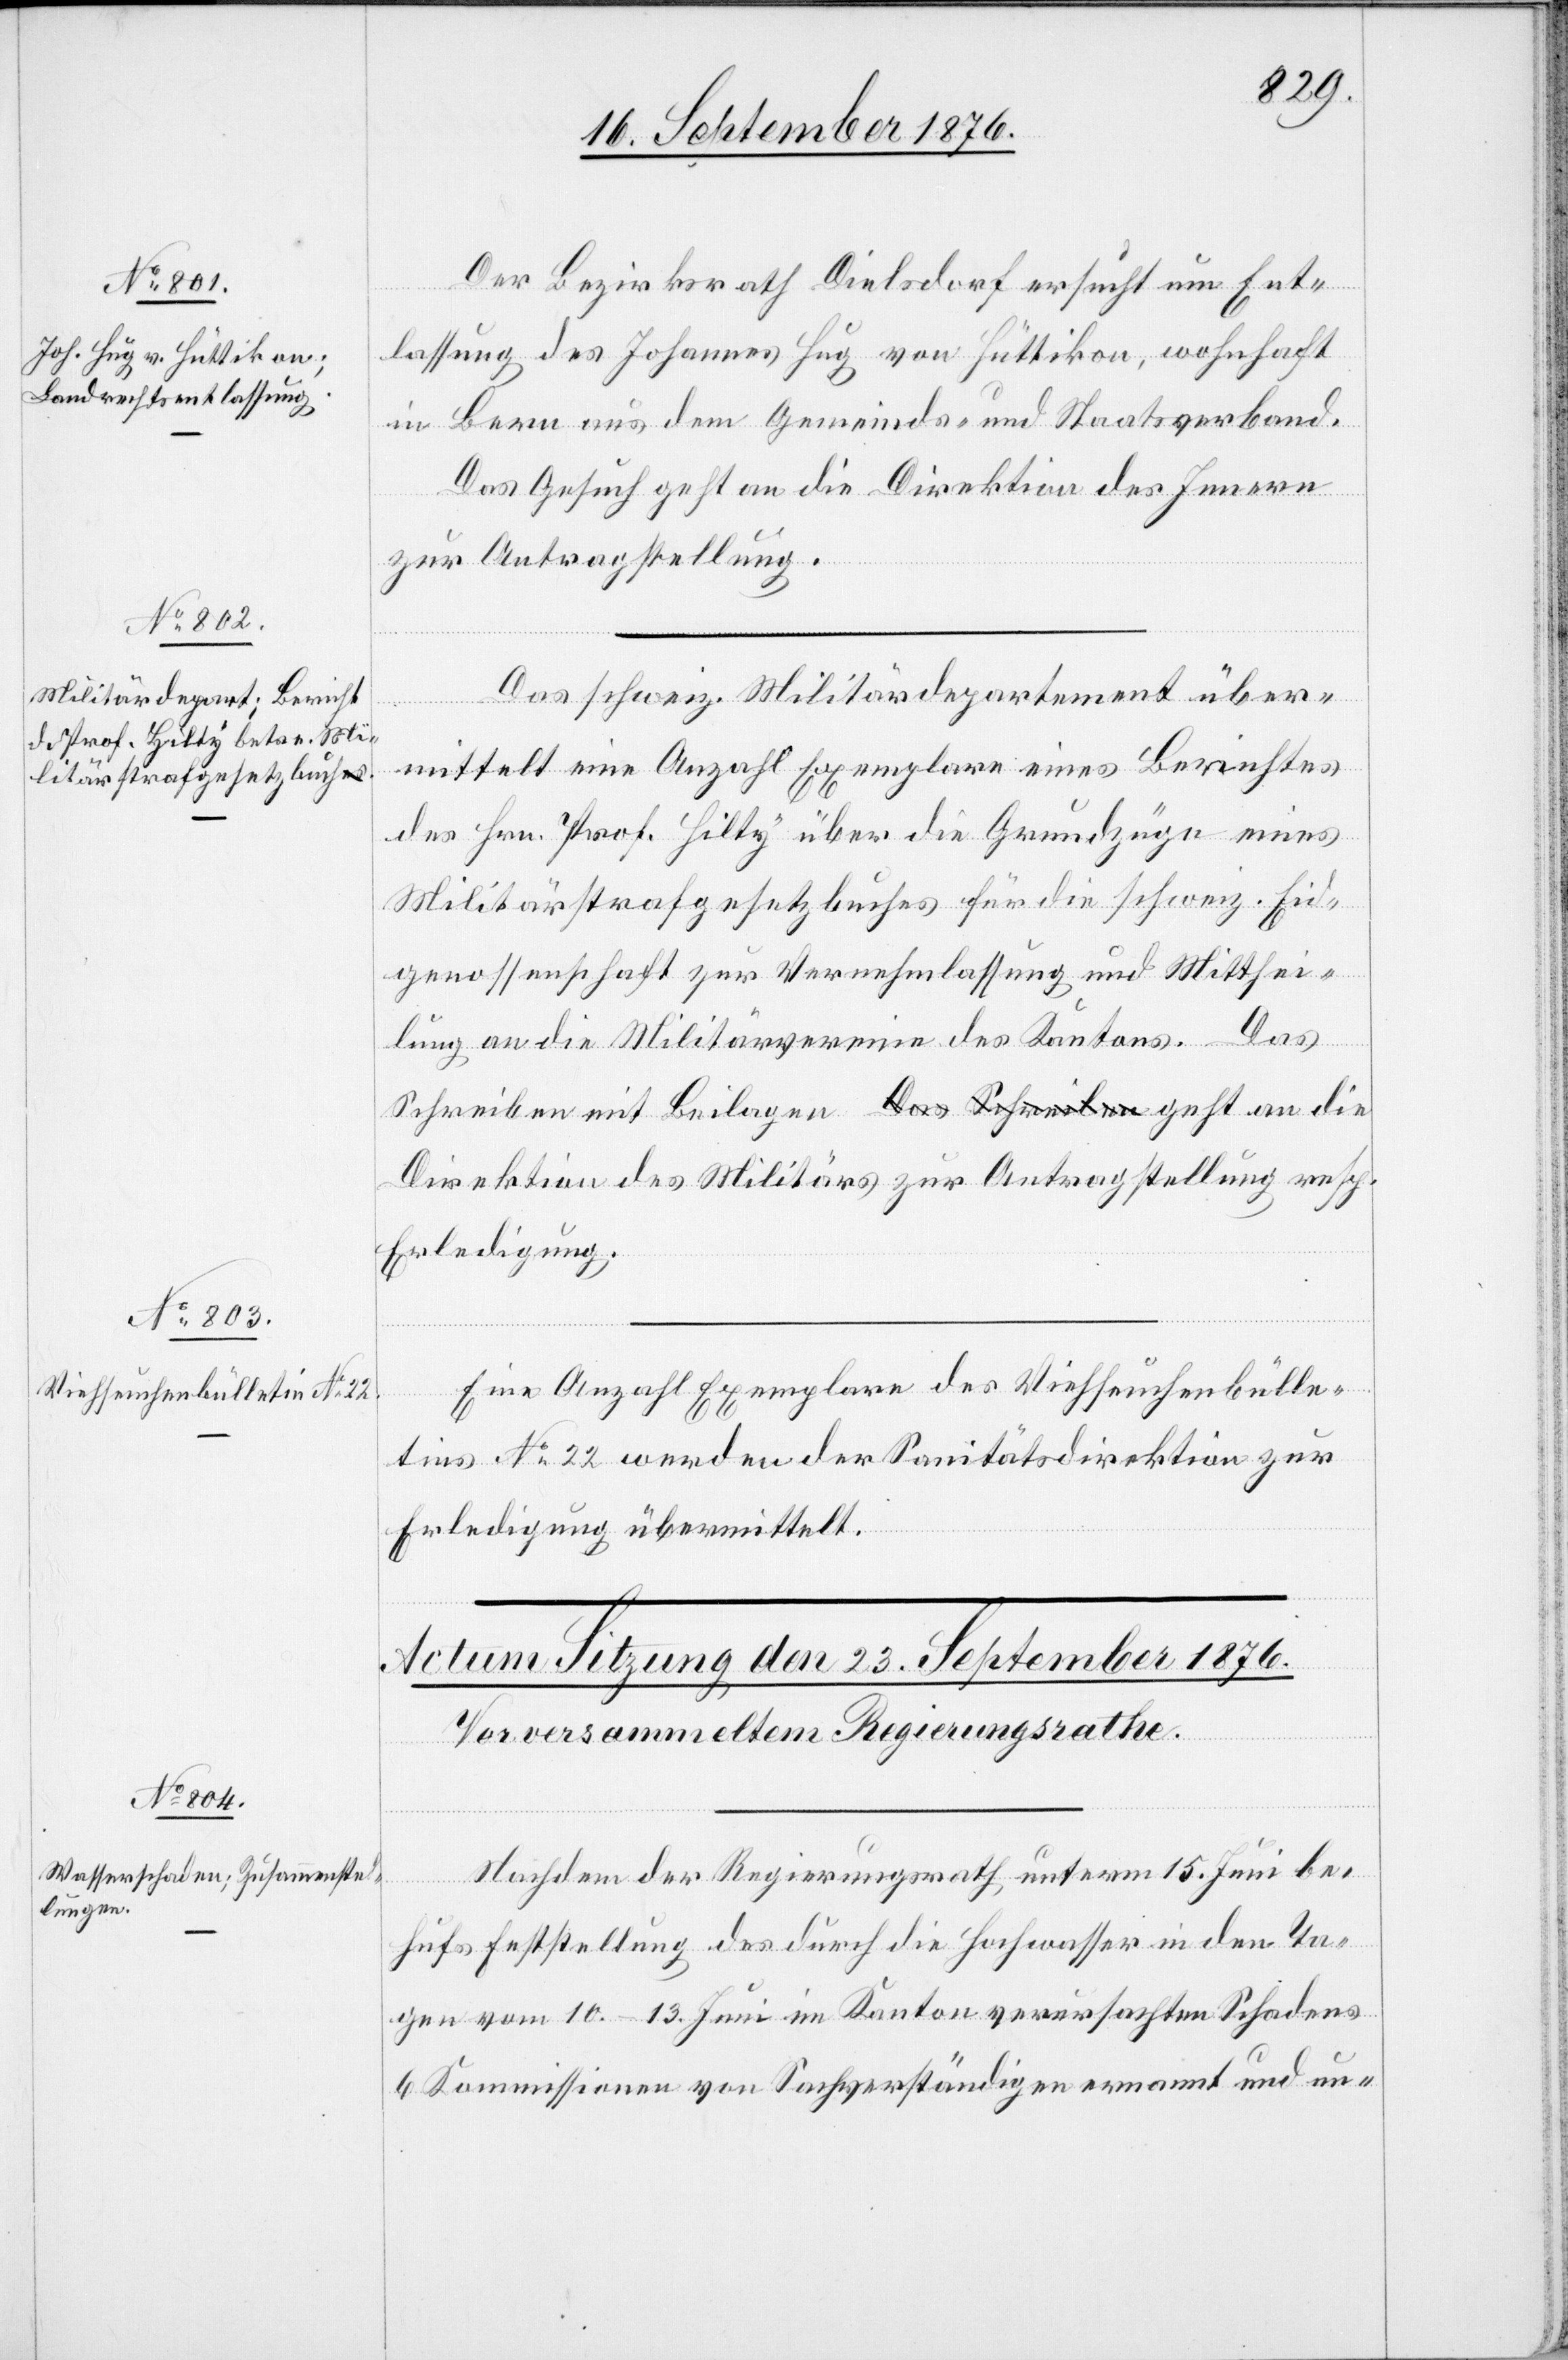
22. September 1876.]
Der Bezirksrath Dielsdorf ersucht um Ent¬
lassung des Johannes Hug von Hüttikon, wohnhaft
in Bern aus dem Gemeinds- und Staatsverband.
Das Gesuch geht an die Direktion des Innern
zur Antragstellung.
Das schweiz. Militärdepartement über¬
l-Verfügungen
mittelt eine Anzahl Exemplare eines Berichtes
des Hrn. Prof. Hilty über die Grundzüge eines
Militärstrafgesetzbuches für die schweiz. Eid¬
genossenschaft zur Vernehmlassung und Mitthei¬
lung an die Militärvereine des Kantons. Das
Direktion des Militärs zur Antragstellung resp.
Erledigung.
Eine Anzahl Exemplare des Viehseuchenbulle¬
tins No 22 werden der Sanitätsdirektion zur
Erledigung übermittelt.
Nachdem der Regierungsrath unterm 15. Juni be¬
an die
hufs Feststellung des durch die Hochwasser in den Ta¬
gen vom 10.–13. Juni im Kanton verursachten Schadens
6 Kommissionen von Sachverständigen ernannt und un-